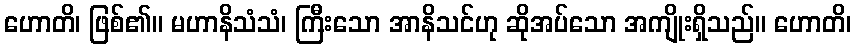
ဟောတိ၊ ဖြစ်၏။ မဟာနိသံသံ၊ ကြီးသော အာနိသင်ဟု ဆိုအပ်သော အကျိုးရှိသည်။ ဟောတိ၊